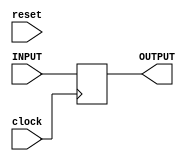
`timescale 1ns / 1ps
//////////////////////////////////////////////////////////////////////////////////
// Company: 
// Engineer: 
// 
// Design Name: 
// Module Name:    cache 
// Project Name: 
// Target Devices: 
// Tool versions: 
// Description: 
//
// Dependencies: 
//
// Revision: 
// Revision 0.01 - File Created
// Additional Comments: 
//
//////////////////////////////////////////////////////////////////////////////////
module cache_32(clock, reset, INPUT, OUTPUT);
    input clock;
	 input reset;
	 input [31:0] INPUT;
	 output reg [31:0] OUTPUT;
	 initial begin
	    OUTPUT <= 0;
	 end
	 always @ (posedge clock)
	 begin
	     /*if (reset) OUTPUT = 32'b00000000000000000000000000000000;
		  else */OUTPUT = INPUT;
	 end
endmodule

module cache_1(clock, reset, INPUT, OUTPUT);
    input clock;
	 input reset;
	 input INPUT;
	 output reg OUTPUT;
	 initial begin
	    OUTPUT <= 0;
	 end
	 always @ (posedge clock)
	 begin
	     /*if (reset) OUTPUT = 0;
		  else */OUTPUT = INPUT;
	 end
endmodule

module cache_5(clock, reset, INPUT, OUTPUT);
    input clock;
	 input reset;
	 input [4:0] INPUT;
	 output reg [4:0] OUTPUT;
	 initial begin
	    OUTPUT <= 0;
	 end
	 always @ (posedge clock)
	 begin
	     /*if (reset) OUTPUT = 5'b00000;
		  else */OUTPUT = INPUT;
	 end
endmodule

module cache_Ex(clock, reset, regDstIn, AluOpIn, ALUSrcIn, regDstOut, AluOpOut, ALUSrcOut);
    input clock;
	 input reset;
	 input regDstIn;
	 input [1:0] AluOpIn;
	 input ALUSrcIn;
	 output reg regDstOut;
	 output reg [1:0] AluOpOut;
	 output reg ALUSrcOut;
	 initial begin
	     regDstOut = 0;
		  AluOpOut = 0;
		  ALUSrcOut = 0;
	 end
	 always @ (posedge clock)
	 begin
	     /*if (reset) begin
		      regDstOut = 0;
		      AluOpOut = 0;
		      ALUSrcOut = 0;
		  end
		  else */begin
		      regDstOut = regDstIn;
		      AluOpOut = AluOpIn;
		      ALUSrcOut = ALUSrcIn;
		  end
	 end
endmodule

module cache_M(clock, reset, branchIn, memReadIn, memWriteIn, branchOut, memReadOut, memWriteOut);
    input clock;
	 input reset;
	 input branchIn;
	 input memReadIn;
	 input memWriteIn;
	 output reg branchOut;
	 output reg memReadOut;
	 output reg memWriteOut;
	 initial begin
	     branchOut = 0;
		  memReadOut = 0;
		  memWriteOut = 0;
	 end
	 always @ (posedge clock)
	 begin
	     /*if (reset) begin
		      branchOut = 0;
		      memReadOut = 0;
		      memWriteOut = 0;
		  end
		  else */begin
		      branchOut = branchIn;
		      memReadOut = memReadIn;
		      memWriteOut = memWriteIn;
		  end
	 end
endmodule

module cache_WB(clock, reset, regWriteIn, memToRegIn, regWriteOut, memToRegOut);
    input clock;
	 input reset;
	 input regWriteIn;
	 input memToRegIn;
	 output reg regWriteOut;
	 output reg memToRegOut;
	 initial begin
	     regWriteOut = 0;
		  memToRegOut = 0;
	 end
	 always @ (posedge clock)
	 begin
	     /*if (reset) begin
	         regWriteOut = 0;
		      memToRegOut = 0;
		  end
		  else */begin
	         regWriteOut = regWriteIn;
		      memToRegOut = memToRegIn;
		  end
	 end
endmodule